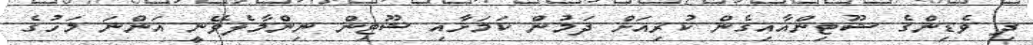
ދި ވެޑިންގެ ޝޫޓިންއާއިގެން ކުރިއަށް ދަމުން ކަމަށާއި ޝޫޓިން ނިންމާލެވޭނީ އަންނަ މަހުގެ